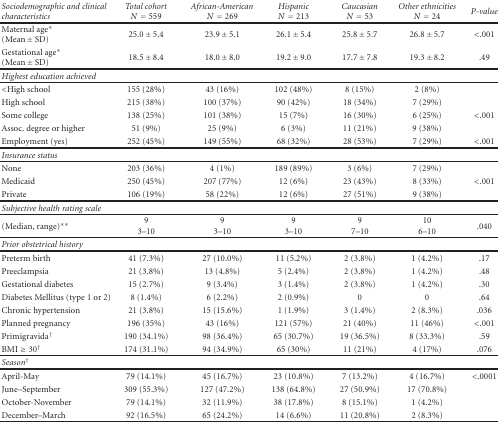
<table><thead><tr><td><b><i>Sociodemographic and clinical characteristics</i></b></td><td><b><i>Total cohort</i><i>N</i> = 559</b></td><td><b><i>African-American</i><i>N</i> = 269</b></td><td><b><i>Hispanic</i><i>N</i> = 213</b></td><td><b><i>Caucasian</i><i>N</i> = 53</b></td><td><b><i>Other ethnicities</i><i>N</i> = 24</b></td><td><b><i>P</i>-<i>value </i></b></td></tr></thead><tbody><tr><td>Maternal age*(Mean ± SD)</td><td>25.0 ± 5.4</td><td>23.9 ± 5.1</td><td>26.1 ± 5.4</td><td>25.8 ± 5.7</td><td>26.8 ± 5.7</td><td>&lt;.001</td></tr><tr><td>Gestational age*(Mean ± SD)</td><td>18.5 ± 8.4</td><td>18.0 ± 8.0</td><td>19.2 ± 9.0</td><td>17.7 ± 7.8</td><td>19.3 ± 8.2</td><td>.49</td></tr><tr><td><i>Highest education achieved</i></td><td></td><td></td><td></td><td></td><td></td><td></td></tr><tr><td>&lt;High school</td><td>155 (28%)</td><td>43 (16%)</td><td>102 (48%)</td><td>8 (15%)</td><td>2 (8%)</td><td></td></tr><tr><td>High school</td><td>215 (38%)</td><td>100 (37%)</td><td>90 (42%)</td><td>18 (34%)</td><td>7 (29%)</td><td></td></tr><tr><td>Some college</td><td>138 (25%)</td><td>101 (38%)</td><td>15 (7%)</td><td>16 (30%)</td><td>6 (25%)</td><td>&lt;.001</td></tr><tr><td>Assoc. degree or higher</td><td>51 (9%)</td><td>25 (9%)</td><td>6 (3%)</td><td>11 (21%)</td><td>9 (38%)</td><td></td></tr><tr><td>Employment (yes)</td><td>252 (45%)</td><td>149 (55%)</td><td>68 (32%)</td><td>28 (53%)</td><td>7 (29%)</td><td>&lt;.001</td></tr><tr><td><i>Insurance status</i></td><td></td><td></td><td></td><td></td><td></td><td></td></tr><tr><td>None</td><td>203 (36%)</td><td>4 (1%)</td><td>189 (89%)</td><td>3 (6%)</td><td>7 (29%)</td><td></td></tr><tr><td>Medicaid</td><td>250 (45%)</td><td>207 (77%)</td><td>12 (6%)</td><td>23 (43%)</td><td>8 (33%)</td><td>&lt;.001</td></tr><tr><td>Private</td><td>106 (19%)</td><td>58 (22%)</td><td>12 (6%)</td><td>27 (51%)</td><td>9 (38%)</td><td></td></tr><tr><td><i>Subjective health rating scale</i></td><td></td><td></td><td></td><td></td><td></td><td></td></tr><tr><td>(Median, range)**</td><td>93–10</td><td>93–10</td><td>93–10</td><td>97–10</td><td>106–10</td><td>.040</td></tr><tr><td><i>Prior obstetrical history</i></td><td></td><td></td><td></td><td></td><td></td><td></td></tr><tr><td>Preterm birth</td><td>41 (7.3%)</td><td>27 (10.0%)</td><td>11 (5.2%)</td><td>2 (3.8%)</td><td>1 (4.2%)</td><td>.17</td></tr><tr><td>Preeclampsia</td><td>21 (3.8%)</td><td>13 (4.8%)</td><td>5 (2.4%)</td><td>2 (3.8%)</td><td>1 (4.2%)</td><td>.48</td></tr><tr><td>Gestational diabetes</td><td>15 (2.7%)</td><td>9 (3.4%)</td><td>3 (1.4%)</td><td>2 (3.8%)</td><td>1 (4.2%)</td><td>.30</td></tr><tr><td>Diabetes Mellitus (type 1 or 2)</td><td>8 (1.4%)</td><td>6 (2.2%)</td><td>2 (0.9%)</td><td>0</td><td>0</td><td>.64</td></tr><tr><td>Chronic hypertension</td><td>21 (3.8%)</td><td>15 (15.6%)</td><td>1 (1.9%)</td><td>3 (1.4%)</td><td>2 (8.3%)</td><td>.036</td></tr><tr><td>Planned pregnancy</td><td>196 (35%)</td><td>43 (16%)</td><td>121 (57%)</td><td>21 (40%)</td><td>11 (46%)</td><td>&lt;.001</td></tr><tr><td>Primigravida<sup>†</sup></td><td>190 (34.1%)</td><td>98 (36.4%)</td><td>65 (30.7%)</td><td>19 (36.5%)</td><td>8 (33.3%)</td><td>.59</td></tr><tr><td>BMI ≥ 30<sup>†</sup></td><td>174 (31.1%)</td><td>94 (34.9%)</td><td>65 (30%)</td><td>11 (21%)</td><td>4 (17%)</td><td>.076</td></tr><tr><td><i>Season</i><sup>†</sup></td><td></td><td></td><td></td><td></td><td></td><td></td></tr><tr><td>April-May</td><td>79 (14.1%)</td><td>45 (16.7%)</td><td>23 (10.8%)</td><td>7 (13.2%)</td><td>4 (16.7%)</td><td>&lt;.0001</td></tr><tr><td>June–September</td><td>309 (55.3%)</td><td>127 (47.2%)</td><td>138 (64.8%)</td><td>27 (50.9%)</td><td>17 (70.8%)</td><td></td></tr><tr><td>October-November</td><td>79 (14.1%)</td><td>32 (11.9%)</td><td>38 (17.8%)</td><td>8 (15.1%)</td><td>1 (4.2%)</td><td></td></tr><tr><td>December–March</td><td>92 (16.5%)</td><td>65 (24.2%)</td><td>14 (6.6%)</td><td>11 (20.8%)</td><td>2 (8.3%)</td><td></td></tr></tbody></table>